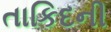
તાકિદની